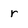
Character: r